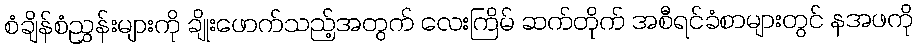
စံချိန်စံညွှန်းများကို ချိုးဖောက်သည့်အတွက် လေးကြိမ် ဆက်တိုက် အစီရင်ခံစာများတွင် နအဖကို